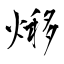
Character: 熪